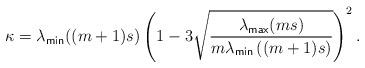
LaTeX: \begin{align*}\kappa = {\lambda_{\sf min}((m+1)s)}\left( 1- 3 \sqrt{\frac{\lambda_{\sf max}(ms)}{m\lambda_{\sf min}\left((m+1)s\right)}}\right)^2.\end{align*}